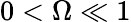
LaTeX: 0<\Omega\ll 1